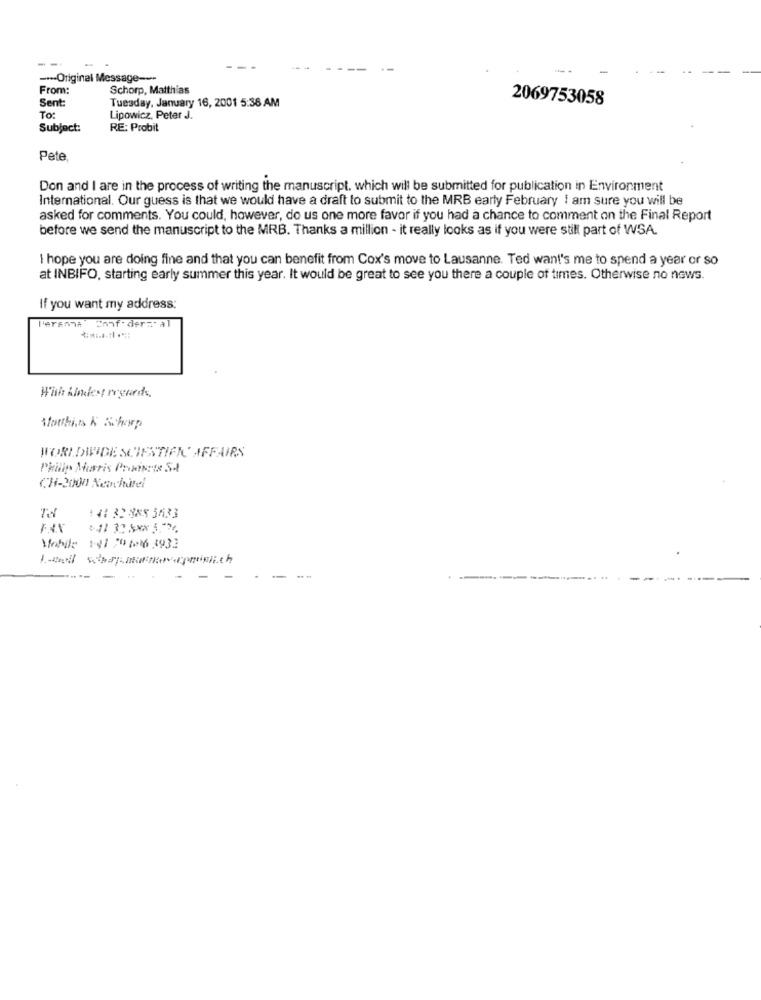
--
-
---- Original Message ---
From:
Schorp, Matthias
Sent:
Tuesday, January 16, 2001 5:38 AM
2069753058
To:
Lipowicz, Peter J.
Subject:
RE: Probit
Pete
Don and I are in the process of writing the manuscript, which will be submitted for publication in Environment
International. Our guess is that we would have a draft to submit to the MRB early February I am sure you will be
asked for comments. You could, however, do us one more favor if you had a chance to comment on the Final Report
before we send the manuscript to the MRB. Thanks a million - it really looks as if you were still part of WSA
I hope you are doing fine and that you can benefit from Cox's move to Lausanne. Ted want's me to spend a year or so
at INBIFO, starting early summer this year. It would be great to see you there a couple of times. Otherwise no news.
If you want my address:
Persona Confidencial
With Kindest regards,
WORLDWIDE SCIENTIFIC' AFFAIRS
Philip Morris Proerste St
CH-2000 Neuchatel
:4: 32 888 5633
Mobile 1-41 20 6016 3932
Land schaffung the prislich